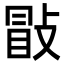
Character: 㪞